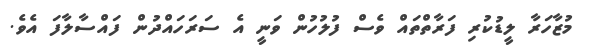
މުޒާހަރާ ލީޑުކުރި ފަރާތްތައް ވެސް ފުލުހުން ވަނީ އެ ސަރަހައްދުން ފައްސާލާފަ އެވެ.